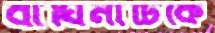
বাঘিনীটিকে